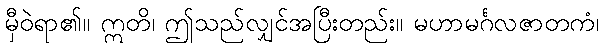
မှီဝဲရာ၏။ ဣတိ၊ ဤသည်လျှင်အပြီးတည်း။ မဟာမင်္ဂလဇာတကံ၊